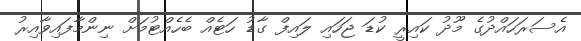
އެސަރަހައްދުގެ މޫދު ކައިރީ ކުޑަ ޖަހައި ލައިފް ގާޑު ހަޓެއް ބެހެއްޓުމަށް ނިންމާފައިވާއިރު